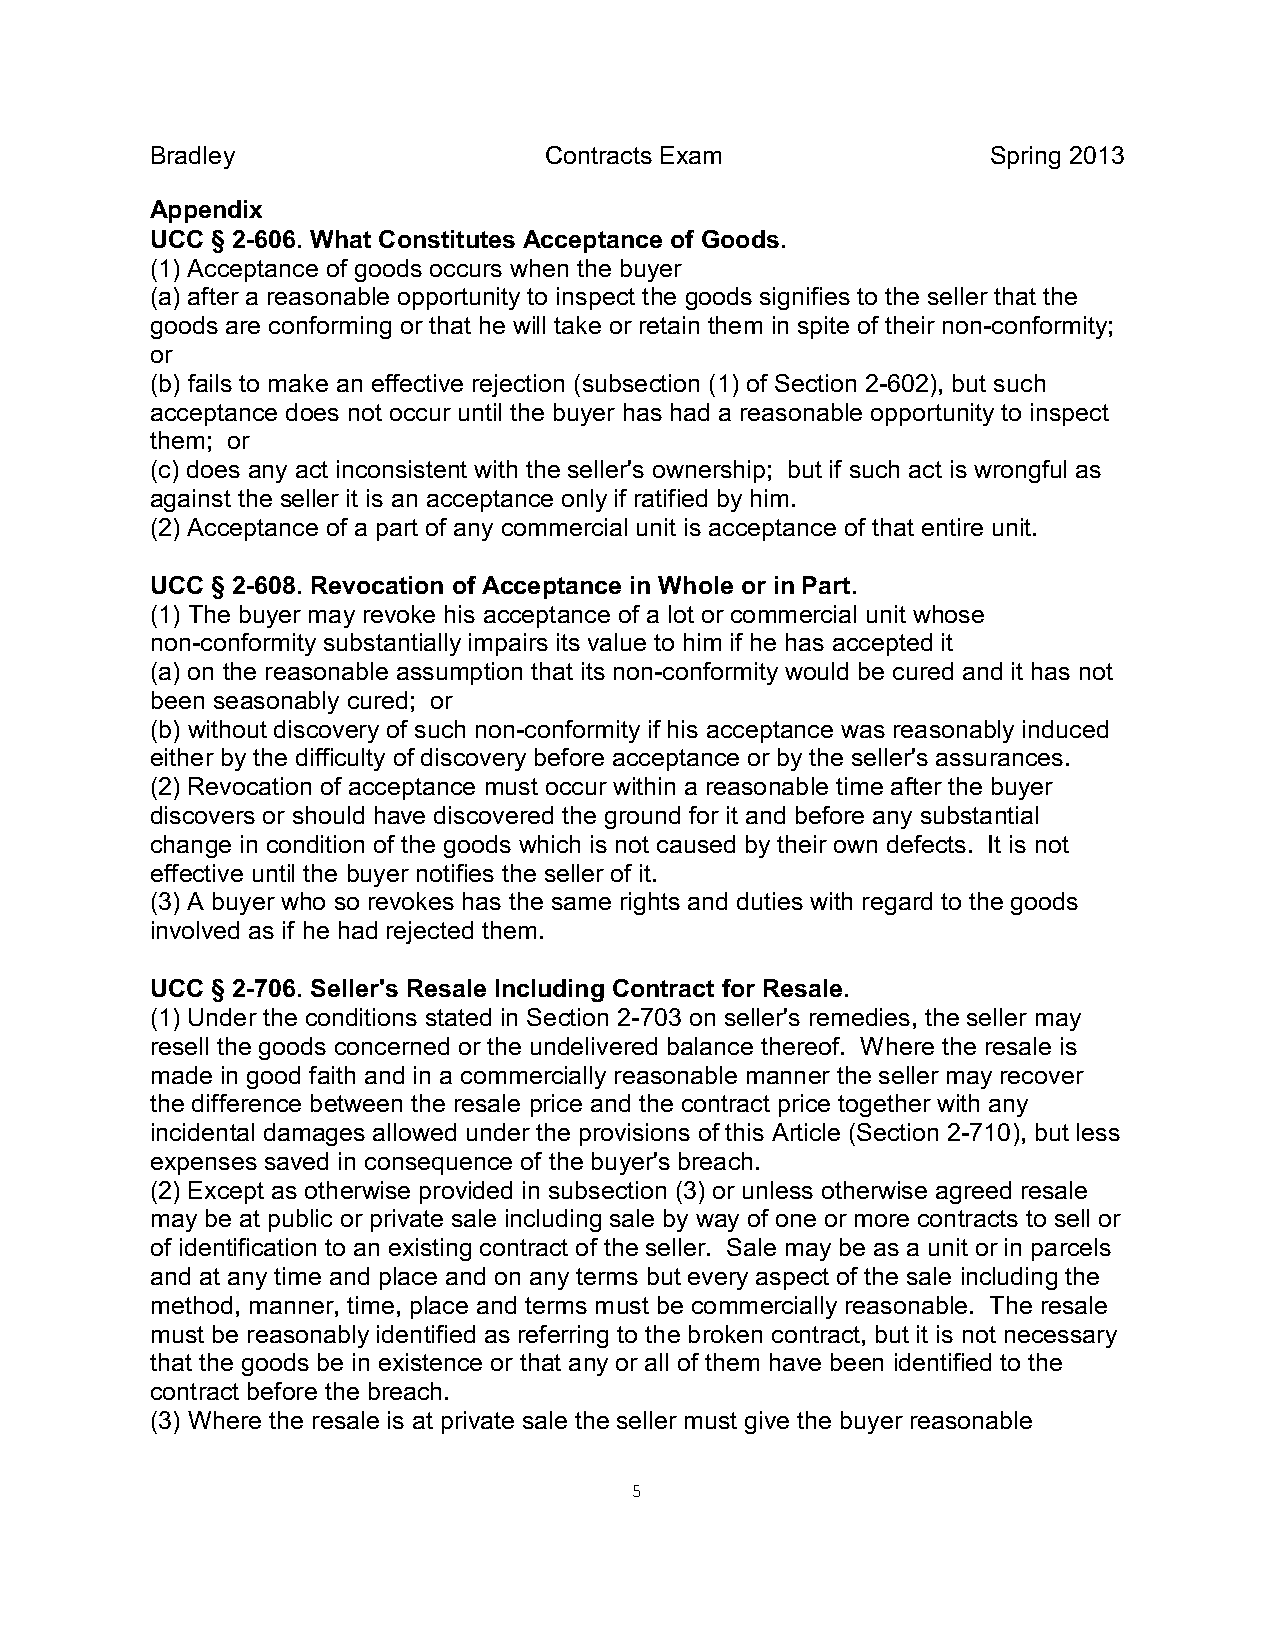
Bradley                   Contracts Exam                Spring 2013
 Appendix
 UCC § 2-606. What Constitutes Acceptance of Goods.
 (1) Acceptance of goods occurs when the buyer
 (a) after a reasonable opportunity to inspect the goods signifies to the seller that the
 goods are conforming or that he will take or retain them in spite of their non-conformity;
 or
 (b) fails to make an effective rejection (subsection (1) of Section 2-602), but such
 acceptance does not occur until the buyer has had a reasonable opportunity to inspect
 them; or
 (c) does any act inconsistent with the seller's ownership; but if such act is wrongful as
 against the seller it is an acceptance only if ratified by him.
 (2) Acceptance of a part of any commercial unit is acceptance of that entire unit.
 UCC § 2-608. Revocation of Acceptance in Whole or in Part.
 (1) The buyer may revoke his acceptance of a lot or commercial unit whose
 non-conformity substantially impairs its value to him if he has accepted it
 (a) on the reasonable assumption that its non-conformity would be cured and it has not
 been seasonably cured; or
 (b) without discovery of such non-conformity if his acceptance was reasonably induced
 either by the difficulty of discovery before acceptance or by the seller's assurances.
 (2) Revocation of acceptance must occur within a reasonable time after the buyer
 discovers or should have discovered the ground for it and before any substantial
 change in condition of the goods which is not caused by their own defects. It is not
 effective until the buyer notifies the seller of it.
 (3) A buyer who so revokes has the same rights and duties with regard to the goods
 involved as if he had rejected them.
 UCC § 2-706. Seller's Resale Including Contract for Resale.
 (1) Under the conditions stated in Section 2-703 on seller's remedies, the seller may
 resell the goods concerned or the undelivered balance thereof. Where the resale is
 made in good faith and in a commercially reasonable manner the seller may recover
 the difference between the resale price and the contract price together with any
 incidental damages allowed under the provisions of this Article (Section 2-710), but less
 expenses saved in consequence of the buyer's breach.
 (2) Except as otherwise provided in subsection (3) or unless otherwise agreed resale
 may be at public or private sale including sale by way of one or more contracts to sell or
 of identification to an existing contract of the seller. Sale may be as a unit or in parcels
 and at any time and place and on any terms but every aspect of the sale including the
 method, manner, time, place and terms must be commercially reasonable. The resale
 must be reasonably identified as referring to the broken contract, but it is not necessary
 that the goods be in existence or that any or all of them have been identified to the
 contract before the breach.
 (3) Where the resale is at private sale the seller must give the buyer reasonable
 5